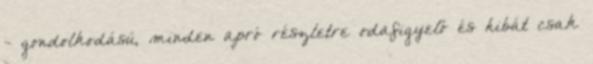
- gondolkodású, minden apró részletre odafigyelő és hibát csak